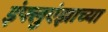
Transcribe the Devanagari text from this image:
इंफ्लुएंझाच्या